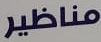
مناظير